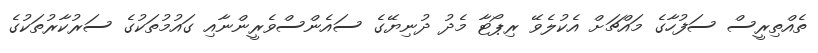
ތެއްތިރީސް ސަފުހާގެ މައްޗަށް އެކުލެވޭ ރިޕޯޓާ މެދު ދުނިޔޭގެ ސައެންސްވެރީންނާއި ގައުމުތަކުގެ ސަރުކާރުތަކުގެ